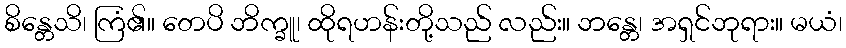
စိန္တေသိ၊ ကြံ၏။ တေပိ ဘိက္ခူ၊ ထိုရဟန်းတို့သည် လည်း။ ဘန္တေ၊ အရှင်ဘုရား။ မယံ၊